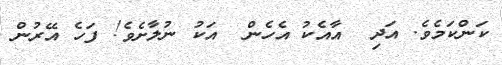
ކަންކަމެވެ. އަދި  އާއެކު އެހެން  އަކު ނުލާށެވެ! ފަހެ އޭރުން